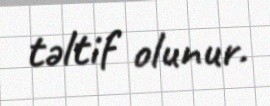
təltif olunur.